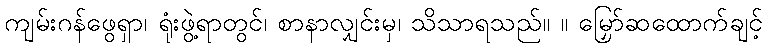
ကျမ်းဂန်ဖွေရှာ၊ ရုံးဖွဲ့ရာတွင်၊ စာနာလျှင်းမှ၊ သိသာရသည်။ ။ မြှော်ဆထောက်ချင့်